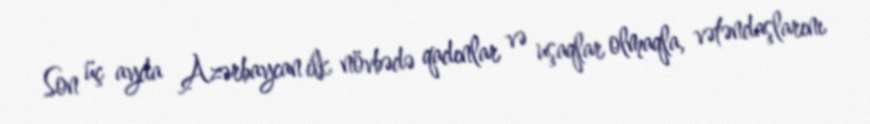
Son üç ayda Azərbaycan ilk növbədə qadınlar və uşaqlar olmaqla, vətəndaşlarını